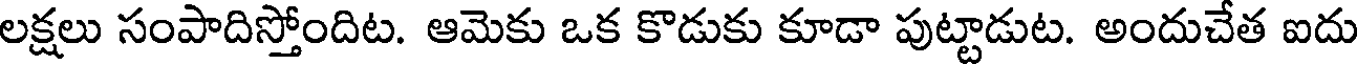
లక్షలు సంపాదిస్తోందిట. ఆమెకు ఒక కొడుకు కూడా పుట్టాడుట. అందుచేత ఐదు